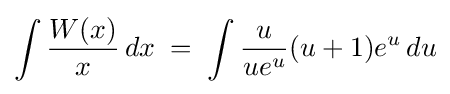
\int {\frac {W(x)}{x}}\,dx\;=\;\int {\frac {u}{ue^{u}}}(u+1)e^{u}\,du